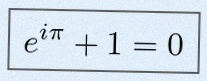
e^{i\pi}+1=0